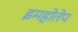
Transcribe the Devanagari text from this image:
इमहोतेप